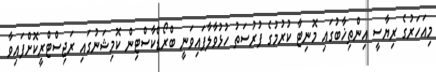
މިއަހަރުގެ ރިޔާސީ އިންތިޚާބުގައި މޮނިޓާ ކުރުމުގެ ފުރުސަތު ހުޅުވާލާފައިވަނީ ބްރޯޑްކާސްޓިން ކޮމިޝަނުގައި ރަޖިސްޓްރީކޮށްފައިވާ